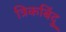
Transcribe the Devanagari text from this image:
त्रिकबिंदु